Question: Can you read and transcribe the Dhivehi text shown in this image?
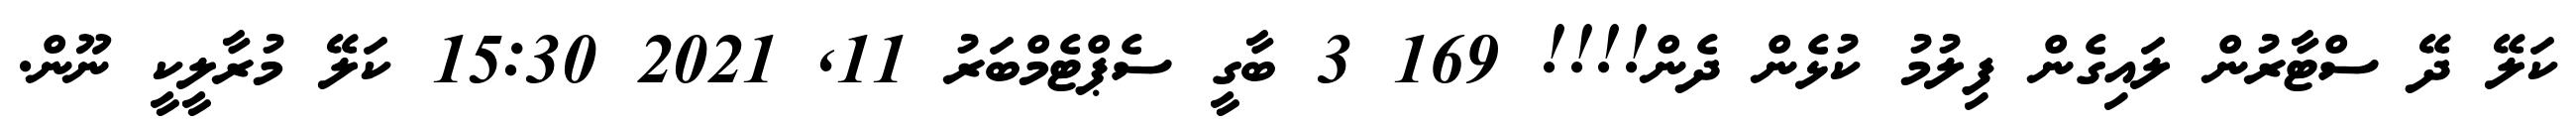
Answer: ކަލޭ ދޭ ސްޓާރުން ލައިގެން ފިލުމު ކުޅެން ދެން!!!! 169 3 ބާގީ ސެޕްޓެމްބަރު 11, 2021 15:30 ކަލޭ މުރާލީކީ ނޫން.